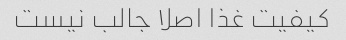
کیفیت غذا اصلا جالب نیست